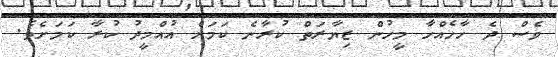
ވެސް ދެ ހާހެއްހާ މީހުން ޒިޔާރަތް ކުރާނެ ކަމަށް އުއްމީދު ކުރާ ކަމަށެވެ.